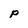
Character: p